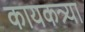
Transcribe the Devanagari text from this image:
कायकत्र्या